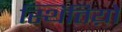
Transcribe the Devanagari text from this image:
स्थितिय़ो